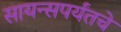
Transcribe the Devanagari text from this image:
सायन्सपर्यंतचे